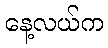
နေ့လယ်က